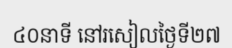
៤០នាទី នៅរសៀលថ្ងៃទី២៧